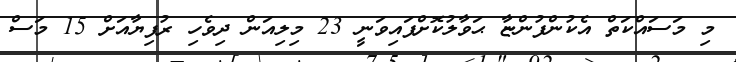
މި މަސައްކަތް އެކުންފުންޏާ ޙަވާލުކޮށްފައިވަނީ 23 މިލިއަން ދިވެހި ރުފިޔާއަށް 15 މަސް